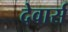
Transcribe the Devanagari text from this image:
देवार्स